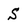
Character: S